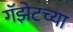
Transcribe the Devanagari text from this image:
गॅझेटच्या